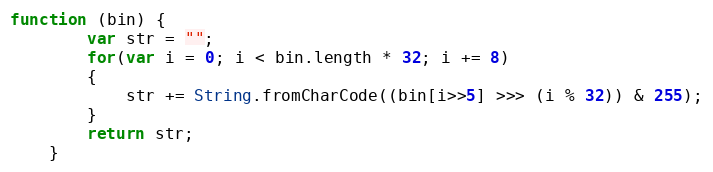
Language: JavaScript
function (bin) {
        var str = "";
        for(var i = 0; i < bin.length * 32; i += 8)
        {
            str += String.fromCharCode((bin[i>>5] >>> (i % 32)) & 255);
        }
        return str;
    }